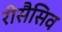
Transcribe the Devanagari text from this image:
रीसैसिव